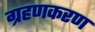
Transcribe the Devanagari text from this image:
ग्रहणकरण